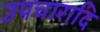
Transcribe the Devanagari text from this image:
उपचारादि